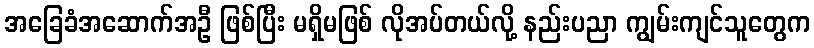
အခြေခံအဆောက်အဦ ဖြစ်ပြီး မရှိမဖြစ် လိုအပ်တယ်လို့ နည်းပညာ ကျွမ်းကျင်သူတွေက